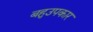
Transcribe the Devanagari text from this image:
बहुउपकार